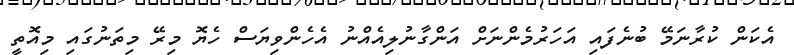
އެކަން ކުރާނަމޭ ބުނެފައި އަހަރުމެންނަށް އަންގާނުލިއެއްނު އެހެންވިޔަސް ހެޔޮ މިރޭ މިތަނުގައި މިއޮތީ